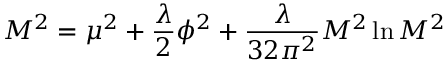
M ^ { 2 } = \mu ^ { 2 } + { \frac { \lambda } { 2 } } \phi ^ { 2 } + { \frac { \lambda } { 3 2 \pi ^ { 2 } } } M ^ { 2 } \ln { M ^ { 2 } }